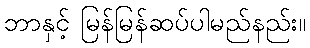
ဘာနှင့် မြန်မြန်ဆပ်ပါမည်နည်း။